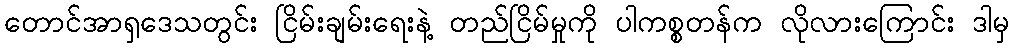
တောင်အာရှဒေသတွင်း ငြိမ်းချမ်းရေးနဲ့ တည်ငြိမ်မှုကို ပါကစ္စတန်က လိုလားကြောင်း ဒါမှ